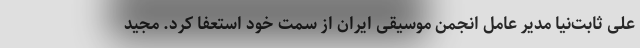
علی ثابت‌نیا مدیر عامل انجمن موسیقی ایران از سمت خود استعفا کرد. مجید